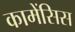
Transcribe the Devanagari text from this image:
कामेंसिस